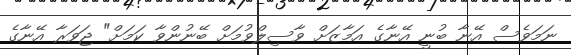
ނަމަވެސް އޭނާ ބުނީ އޭނާގެ އަމާޒަށް ވާސިލްވުމަށް ބޭނުންވާ ކަމަށް" ޖަވަރާ އޭނާގެ